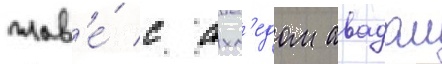
глав'е́ с ахм'едом авадом